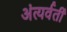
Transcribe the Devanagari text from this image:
अंत्यर्वर्ती